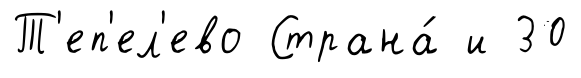
Т'еп'ел'ево Страна́ и 30